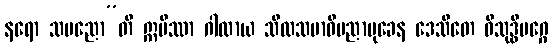
နရော သပညော”တိ ဣမိဿာ ဂါထာယ သီလသမာဓိပညာမုခေန ဒေသိတေ ဝိသုဒ္ဓိမဂ္ဂေ